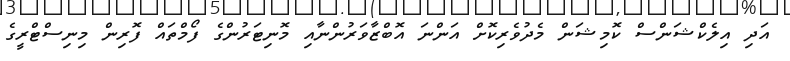
އަދި އިލެކްޝަންސް ކޮމިޝަން މެދުވެރިކޮށް އަންނަ އޮބްޒާވަރުންނާއި މޮނިޓަރުންގެ ފޯމްތައް ފޮރިން މިނިސްޓްރީގެ